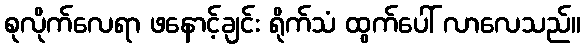
စုလိုက်လေရာ ဖနောင့်ချင်း ရိုက်သံ ထွက်ပေါ် လာလေသည်။